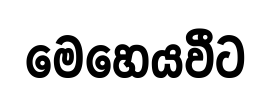
මෙහෙයවීට